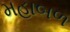
મહાબળ